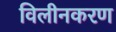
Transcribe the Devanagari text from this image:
विलीनकरण